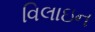
વિલાઇન